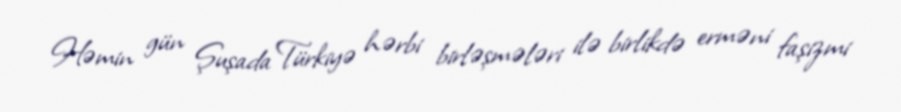
Həmin gün Şuşada Türkiyə hərbi birləşmələri ilə birlikdə erməni faşizmi